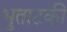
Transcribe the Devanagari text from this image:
भुताटकी